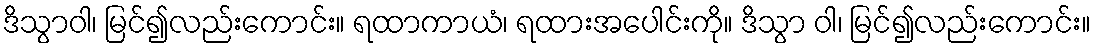
ဒိသွာဝါ၊ မြင်၍လည်းကောင်း။ ရထာကာယံ၊ ရထားအပေါင်းကို။ ဒိသွာ ဝါ၊ မြင်၍လည်းကောင်း။